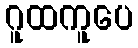
ဂူထကူပေ